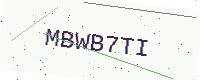
Text: MBWB7TI